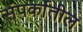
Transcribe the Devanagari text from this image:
संपर्कातील